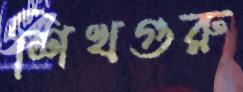
শিখগুরু